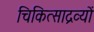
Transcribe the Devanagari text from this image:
चिकित्साद्रव्यों